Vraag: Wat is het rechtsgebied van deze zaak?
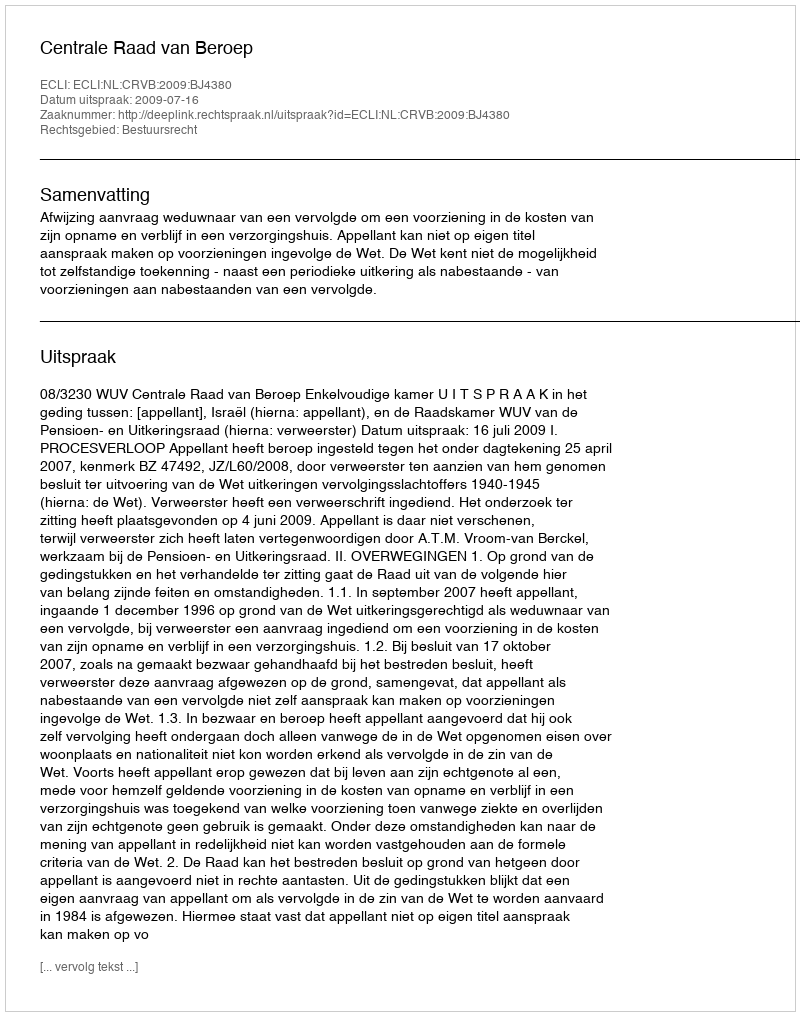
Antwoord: Bestuursrecht